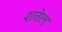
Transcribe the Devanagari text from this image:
शत्तेल